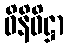
ဝိနိဝိဋ္ဌာ